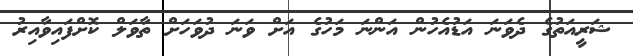
ޝަރީއަތުގެ ދެވަނަ އަޑުއެހުން އަންނަ މަހުގެ އަށް ވަނަ ދުވަހަށް ތާވަލް ކޮށްފައިވާއިރު